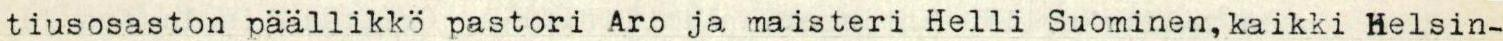
tiusosaston päällikkö pastori Aro ja maisteri Helli Suominen, kaikki Helsin-